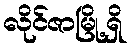
လိုင်ဇာမြို့ရှိ